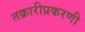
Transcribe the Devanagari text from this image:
तक्रारीप्रकरणी